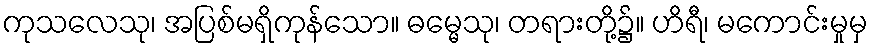
ကုသလေသု၊ အပြစ်မရှိကုန်သော။ ဓမ္မေသု၊ တရားတို့၌။ ဟိရီ၊ မကောင်းမှုမှ